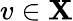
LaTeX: v\in\mathbf{X}